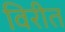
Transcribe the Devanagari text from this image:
विरीत